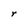
Character: r